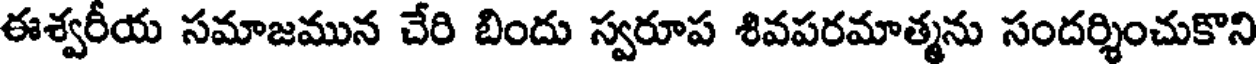
ఈశ్వరీయ సమాజమున చేరి బిందు స్వరూప శివపరమాత్మను సందర్శించుకొని